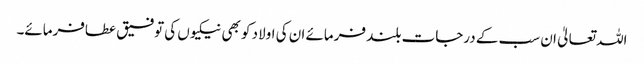
اللہ تعالیٰ ان سب کے درجات بلند فرمائے ان کی اولاد کو بھی نیکیوں کی توفیق عطافرمائے۔